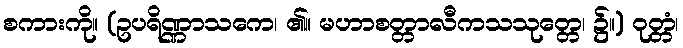
စကားကို။ (ဥပရိဏ္ဏာသကေ၊ ၏။ မဟာစတ္တာလီကသသုတ္တေ၊ ၌။) ဝုတ္တံ၊